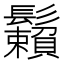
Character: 𩯽